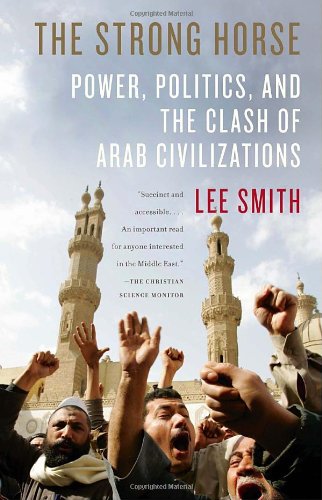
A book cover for The Strong Horse: Power, Politics, and the Clash of Arab Civilizations; Lee Smith; History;